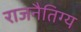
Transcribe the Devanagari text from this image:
राजनैतिग्य